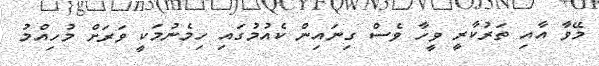
މޭވާ އާއި ތަރުކާރީ ވީހާ ވެސް ގިނައިން ކެއުމުގައި ހިމެނުމަކީ ވަރަށް މުހިއްމު